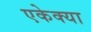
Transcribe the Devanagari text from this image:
एकेक्या